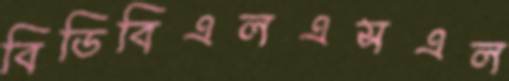
বিডিবিএলএসএল